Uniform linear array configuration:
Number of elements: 32
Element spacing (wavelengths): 1
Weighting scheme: cosine
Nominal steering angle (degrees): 30
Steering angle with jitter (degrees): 29.431
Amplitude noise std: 0.05
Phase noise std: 0.05

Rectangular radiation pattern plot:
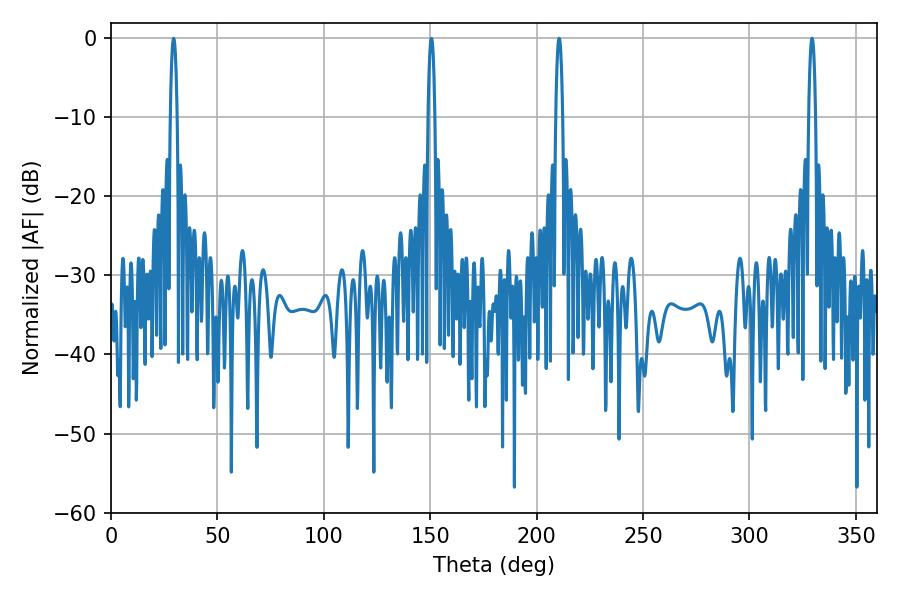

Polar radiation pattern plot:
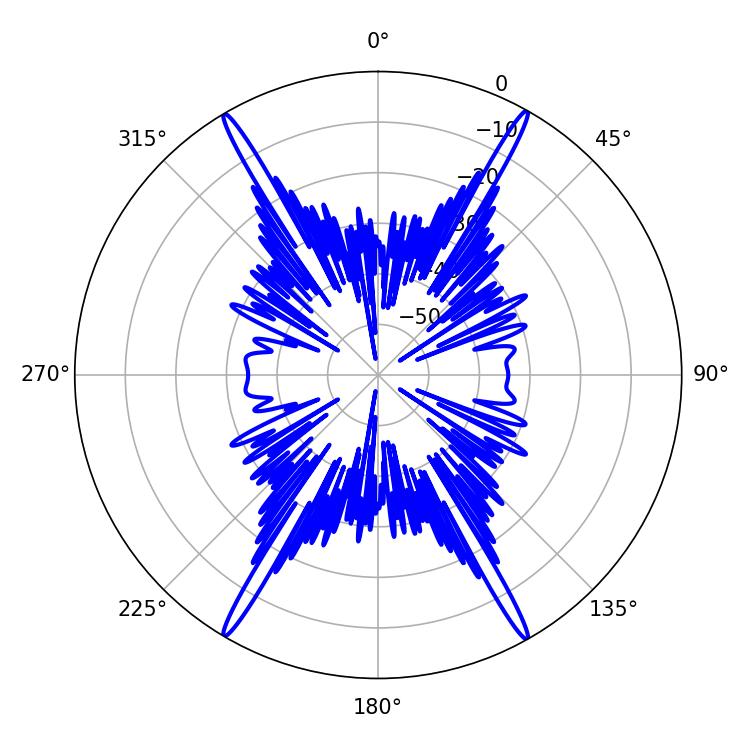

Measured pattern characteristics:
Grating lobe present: TRUE
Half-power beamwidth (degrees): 1.8
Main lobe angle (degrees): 210.6